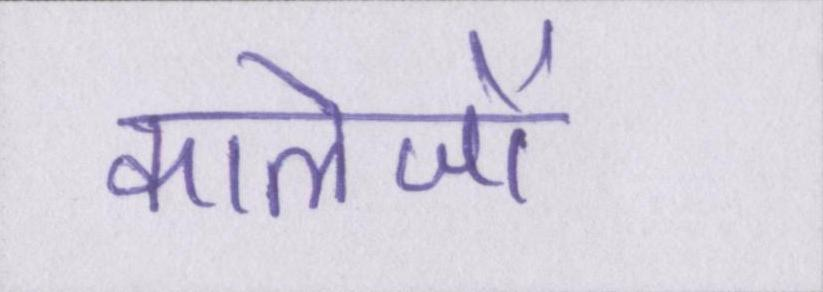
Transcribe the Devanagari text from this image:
कालेजों